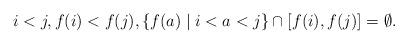
LaTeX: \begin{align*}i < j, f(i) < f(j), \{f(a) \mid i < a < j\} \cap [f(i),f(j)] = \emptyset.\end{align*}